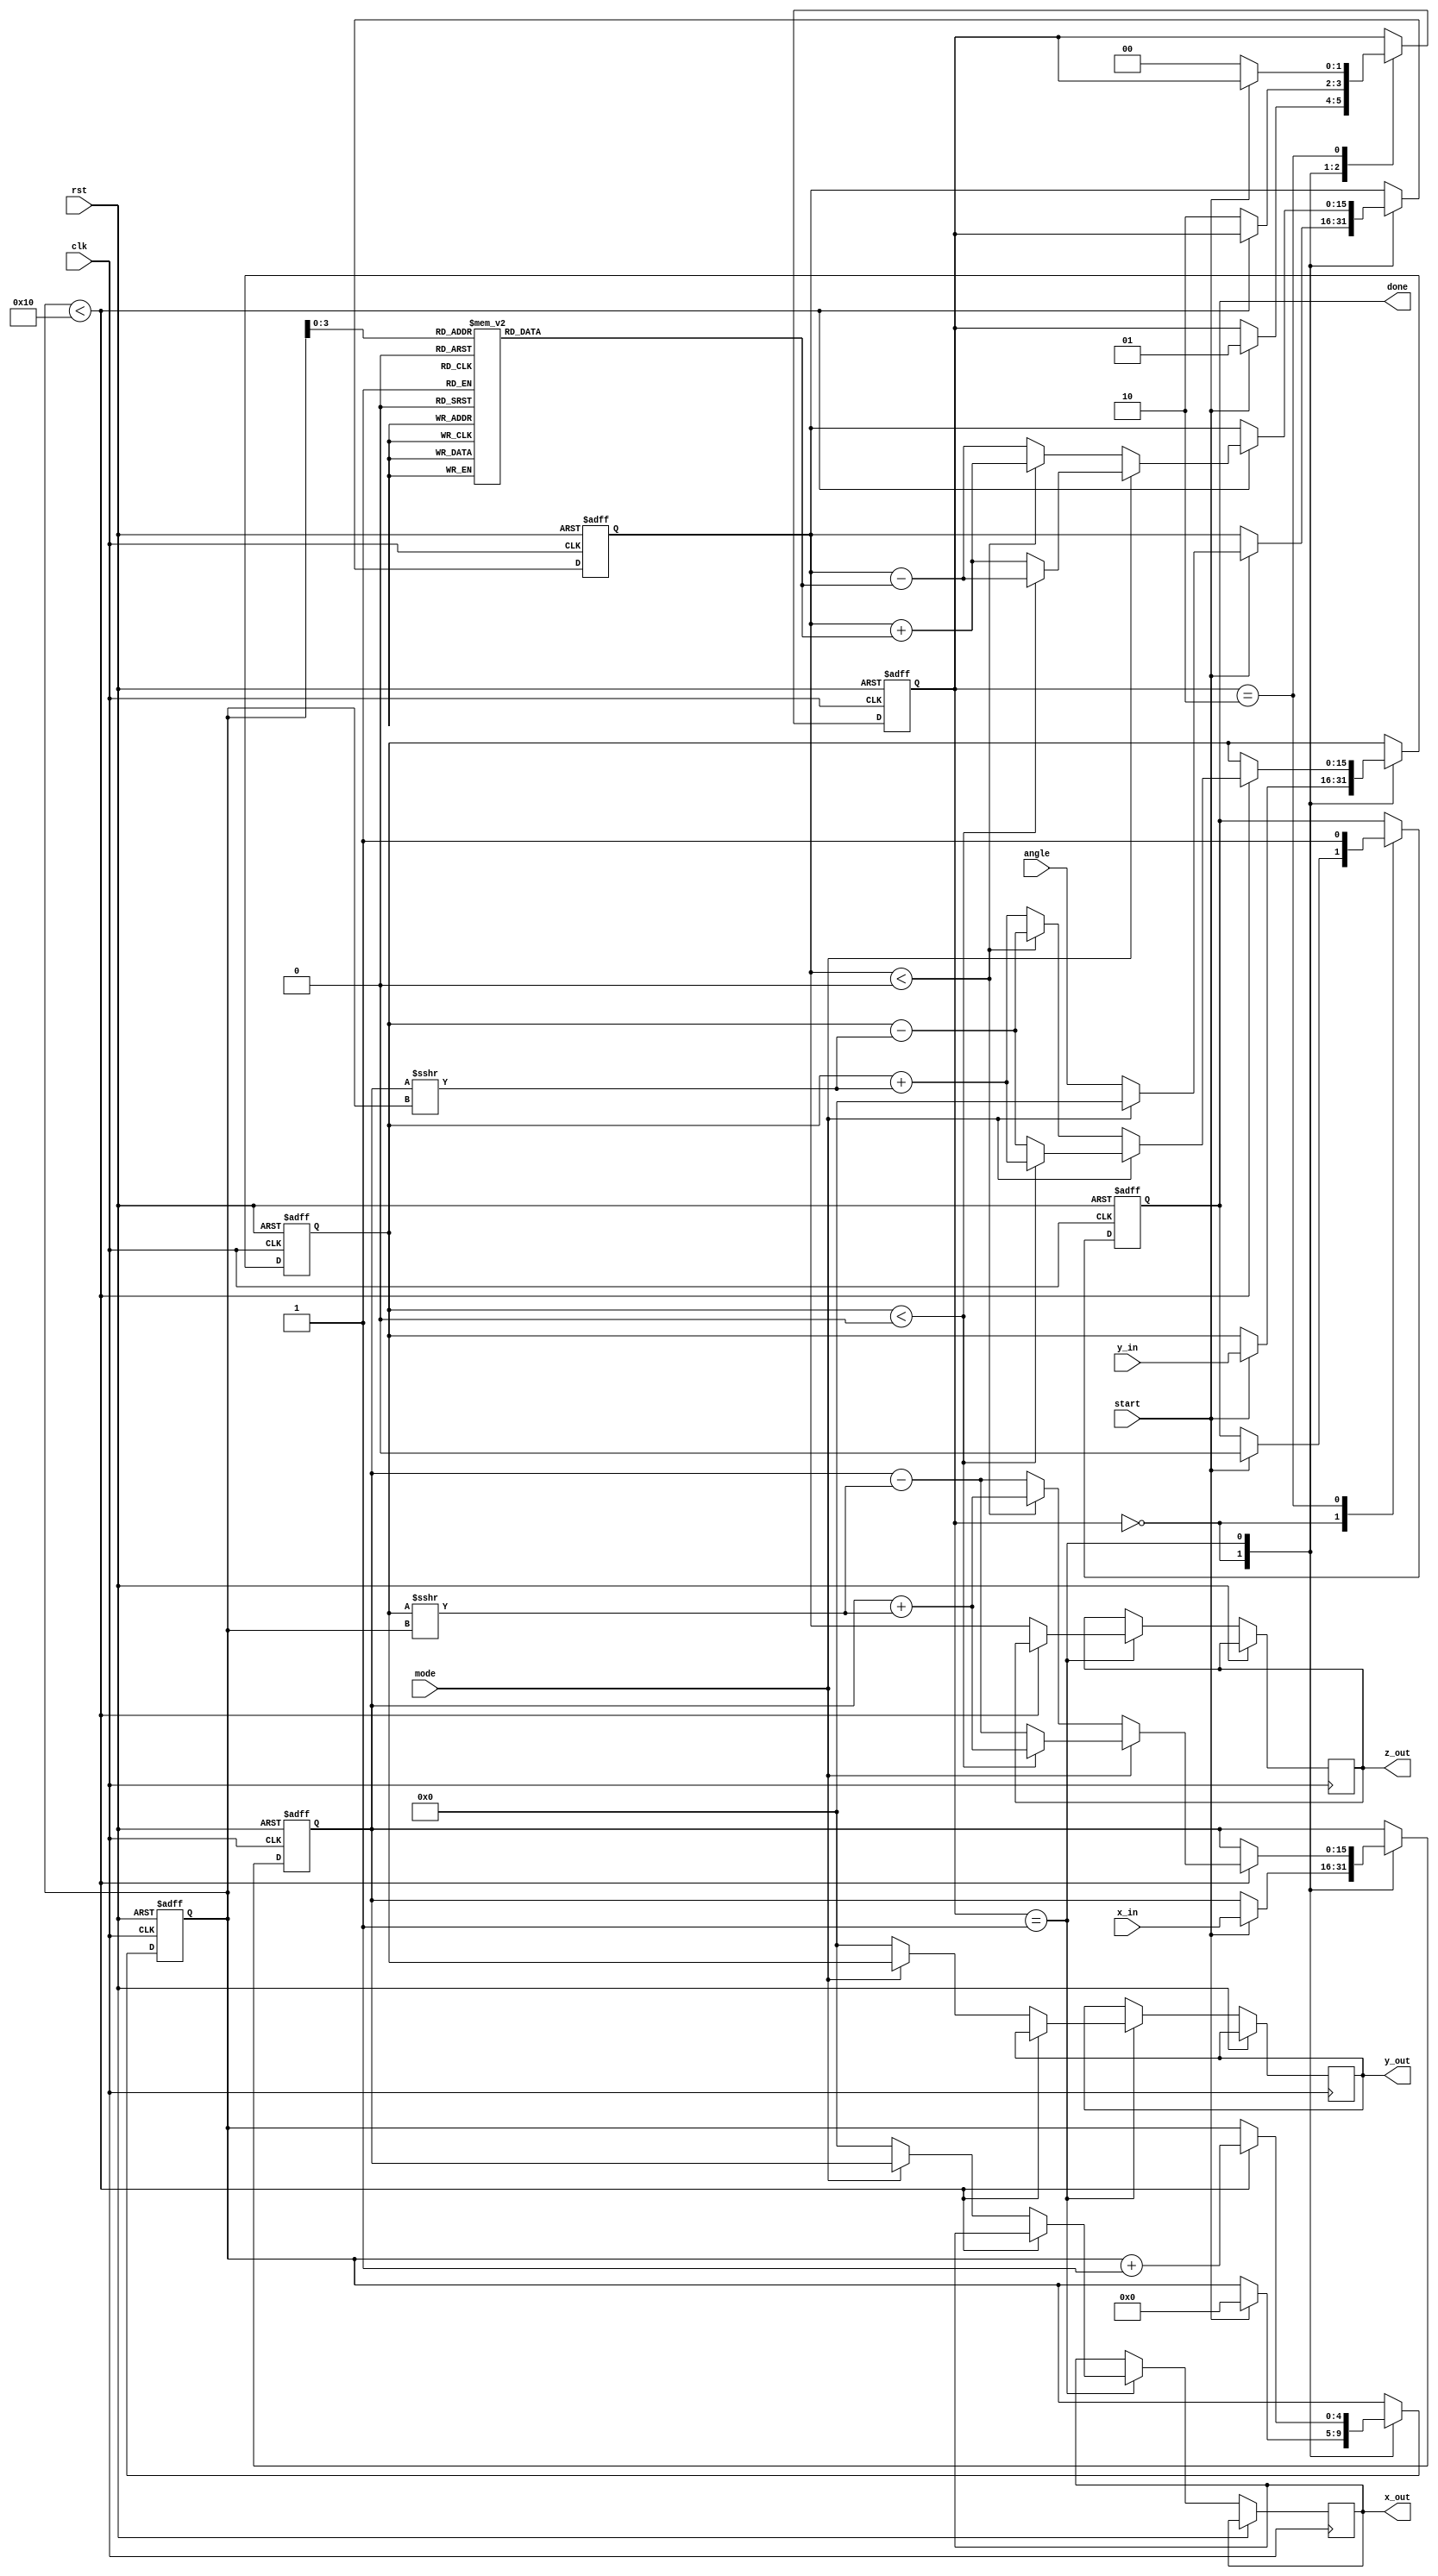
module cordic #(
    parameter WIDTH = 16,         // Fixed-point width
    parameter ITERATIONS = 16     // Number of CORDIC iterations
)(
    input wire clk,
    input wire rst,
    input wire start,
    input wire [WIDTH-1:0] x_in,  // Input x (for vectoring mode)
    input wire [WIDTH-1:0] y_in,  // Input y (for vectoring mode)
    input wire [WIDTH-1:0] angle,  // Input angle (for rotation mode)
    input wire mode,               // 0: Rotation, 1: Vectoring
    output reg [WIDTH-1:0] x_out,  // Output x
    output reg [WIDTH-1:0] y_out,  // Output y
    output reg [WIDTH-1:0] z_out,  // Output z (angle or arctangent)
    output reg done                // Operation done flag
);

    // CORDIC gain factor
    localparam [WIDTH-1:0] K = 16'h26DD; // Approximation of 0.6072 in fixed-point

    // CORDIC angle lookup table
    reg [WIDTH-1:0] atan_table [0:ITERATIONS-1];
    initial begin
        atan_table[0] = 16'h2000; // atan(2^0) = 0.7854
        atan_table[1] = 16'h1333; // atan(2^-1) = 0.4636
        atan_table[2] = 16'h0A3D; // atan(2^-2) = 0.2449
        atan_table[3] = 16'h0519; // atan(2^-3) = 0.1244
        // ... Fill in the rest of the table
        // atan_table[4] = ...
        // ...
    end

    // Internal registers
    reg [WIDTH-1:0] x_reg, y_reg, z_reg;
    reg [4:0] count; // Iteration counter
    reg [1:0] state; // State machine for control

    // State machine states
    localparam IDLE = 2'b00, RUN = 2'b01, DONE = 2'b10;

    // CORDIC iteration logic
    always @(posedge clk or posedge rst) begin
        if (rst) begin
            x_reg <= 0;
            y_reg <= 0;
            z_reg <= 0;
            count <= 0;
            state <= IDLE;
            done <= 0;
        end else begin
            case (state)
                IDLE: begin
                    if (start) begin
                        if (mode == 0) begin // Rotation mode
                            x_reg <= x_in;
                            y_reg <= y_in;
                            z_reg <= angle;
                        end else begin // Vectoring mode
                            x_reg <= x_in;
                            y_reg <= y_in;
                            z_reg <= 0; // Initial angle for vectoring
                        end
                        count <= 0;
                        state <= RUN;
                        done <= 0;
                    end
                end

                RUN: begin
                    if (count < ITERATIONS) begin
                        if (mode == 0) begin // Rotation mode
                            if (z_reg < 0) begin
                                x_reg <= x_reg + (y_reg >>> count);
                                y_reg <= y_reg - (x_reg >>> count);
                                z_reg <= z_reg + atan_table[count];
                            end else begin
                                x_reg <= x_reg - (y_reg >>> count);
                                y_reg <= y_reg + (x_reg >>> count);
                                z_reg <= z_reg - atan_table[count];
                            end
                        end else begin // Vectoring mode
                            if (y_reg < 0) begin
                                x_reg <= x_reg + (y_reg >>> count);
                                y_reg <= y_reg + (x_reg >>> count);
                                z_reg <= z_reg - atan_table[count];
                            end else begin
                                x_reg <= x_reg - (y_reg >>> count);
                                y_reg <= y_reg - (x_reg >>> count);
                                z_reg <= z_reg + atan_table[count];
                            end
                        end
                        count <= count + 1;
                    end else begin
                        // Apply scaling factor
                        if (mode == 0) begin
                            x_out <= (x_reg * K) >>> 16; // Scale output
                            y_out <= (y_reg * K) >>> 16; // Scale output
                        end else begin
                            x_out <= x_reg;
                            y_out <= y_reg;
                        end
                        z_out <= z_reg;
                        state <= DONE;
                    end
                end

                DONE: begin
                    done <= 1;
                    if (!start) begin
                        state <= IDLE; // Reset state on new start
                    end
                end
            endcase
        end
    end

endmodule